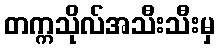
တက္ကသိုလ်အသီးသီးမှ